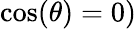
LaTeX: \cos(\theta)=0)